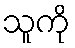
သူကို